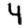
Digit: 4